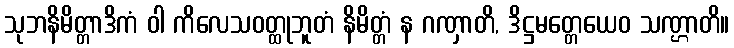
သုဘနိမိတ္တာဒိကံ ဝါ ကိလေသဝတ္ထုဘူတံ နိမိတ္တံ န ဂဏှာတိ, ဒိဋ္ဌမတ္တေယေဝ သဏ္ဌာတိ။